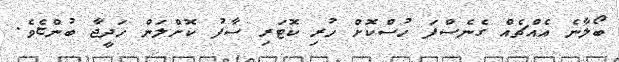
ބޯލާނެ އެއްޗެއް ގެނެސްފަ ހުސްކޮށް ހުރި ކޮޓަރި ސާފު ކޮށްލަން ހަދީޖާ ބުންޏެވެ.